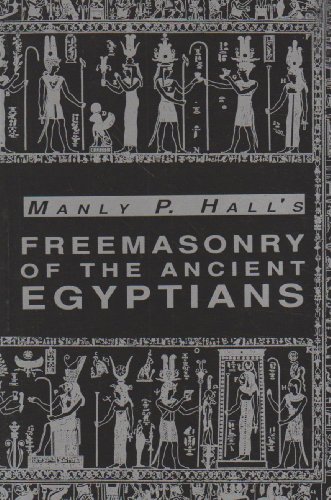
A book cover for Freemasonry of the Ancient Egyptians; Manly P. Hall; Religion & Spirituality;